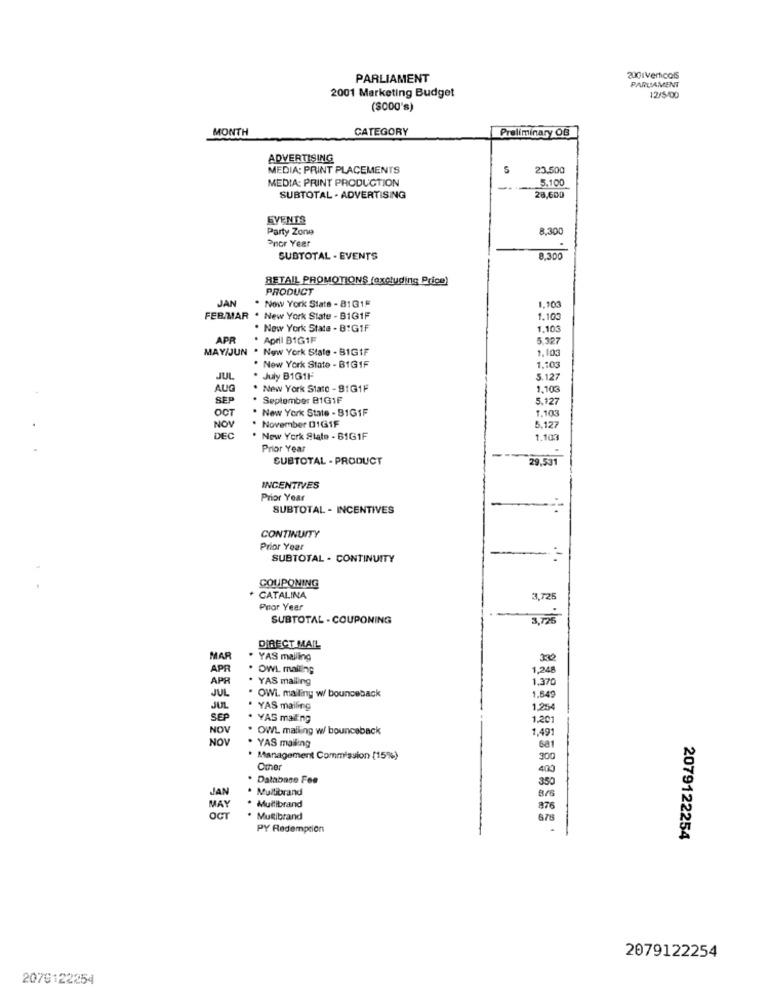
PARLIAMENT
200 Verticals
PARLIAMENT
2001 Marketing Budget
12/5/00
(SOD0's)
MONTH
CATEGORY
Preliminary OB
ADVERTISING
MEDIA: PRINT PLACEMENTS
5
23.500
MEDIA: PRINT PRODUCTION
5.100
SUBTOTAL . ADVERTISING
28,600
EVENTS
Party Zone
8,300
Pnor Year
SUBTOTAL - EVENTS
8,300
RETAIL PROMOTIONS (excluding Price)
PRODUCT
JAN
. Now York State - 81G15
1.103
FEB/MAR . New York State - B1G1F
1.100
. New York State - B"GIF
1,103
APR
. April BIG1F
5.327
MAY/JUN . New York State - BIGIF
1.103
. New York State - B1GIF
1.103
JUL
. July B161F
5.127
AUG
New York State - 91G1F
1.103
SEP
September B1G1F
5.127
OCT
New York State - BIG1F
1.103
NOV
November 01GIF
5,127
DEC
New York State - BIG1F
1.103
Prior Year
SUBTOTAL - PRODUCT
29.531
INCENTIVES
Prior Year
SUBTOTAL - INCENTIVES
CONTINUITY
Prior Year
SUBTOTAL . CONTINUITY
--
COUPONING
CATALINA
3,725
Prior Year
SUBTOTAL . COUPONING
3,726
DIRECT MAIL
MAR
YAS mailing
APR
. OWL mailing
1,248
APR
. YAS mailing
1.370
JUL
. OWL mailing w/ bounceback
1.849
JUL
YAS mailing
1,25€
SEP
YAS mailing
1,201
NOV
OWL mailing w/ bounceback
NOV
. YAS mailing
1,49
· Management Commission (15%)
300
Other
. Database Fee
. Multibrand
350
JAN
8/
MAY
* Multibrand
87
. Muttibrand
PY Redemption
2079122254
2079122254
2079122254